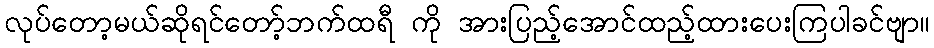
လုပ်တော့မယ်ဆိုရင်တော့်ဘက်ထရီ ကို အားပြည့်အောင်ထည့်ထားပေးကြပါခင်ဗျာ။